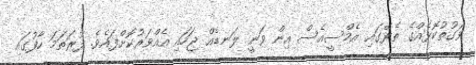
ވަގުތުކޮޅެއްގެ ތެރޭގައި އެމްސީއެސް އިން ވަނީ ލަނޑެއް ޖަހައި އެއްވަރުކޮށްފައެވެ. ފުރަތަމަ ހާފުގައި